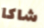
شاكا